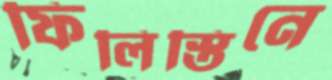
ফিলিস্তিনে